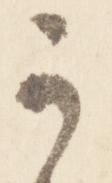
可